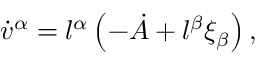
\dot { v } ^ { \alpha } = l ^ { \alpha } \left( - \dot { A } + l ^ { \beta } \xi _ { \beta } \right) ,